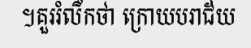
។គួររំលឹកថា ក្រោយបរាជ័យ